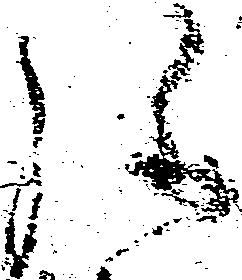
弥